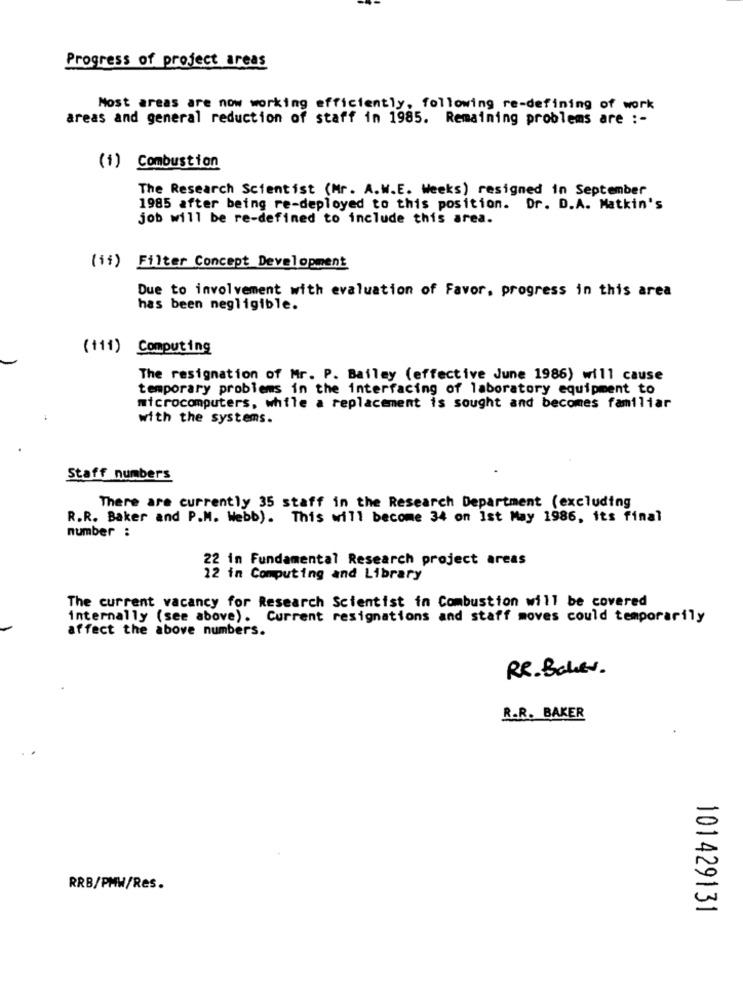
Progress of project areas
Most areas are now working efficiently, following re-defining of work
areas and general reduction of staff in 1985. Remaining problems are :-
(1) Combustion
The Research Scientist (Mr. A.W.E. Weeks) resigned in September
1985 after being re-deployed to this position. Dr. D.A. Matkin's
job will be re-defined to include this area.
(ii) Filter Concept Development
Due to involvement with evaluation of Favor, progress in this area
has been negligible.
(111) Computing
The resignation of Mr. P. Bailey (effective June 1986) will cause
temporary problems in the interfacing of laboratory equipment to
microcomputers, while a replacement is sought and becomes familiar
with the systems.
Staff numbers
There are currently 35 staff in the Research Department (excluding
R.R. Baker and P.M. Webb). This will become 34 on Ist May 1986, its final
number :
22 in Fundamental Research project areas
22 in Computing and Library
The current vacancy for Research Scientist in Combustion will be covered
internally (see above). Current resignations and staff moves could temporarily
affect the above numbers.
RR. Boles.
R.R. BAKER
RRB/PMW/Res.
101429131